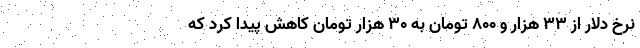
نرخ دلار از ۳۳ هزار و ۸۰۰ تومان به ۳۰ هزار تومان کاهش پیدا کرد که